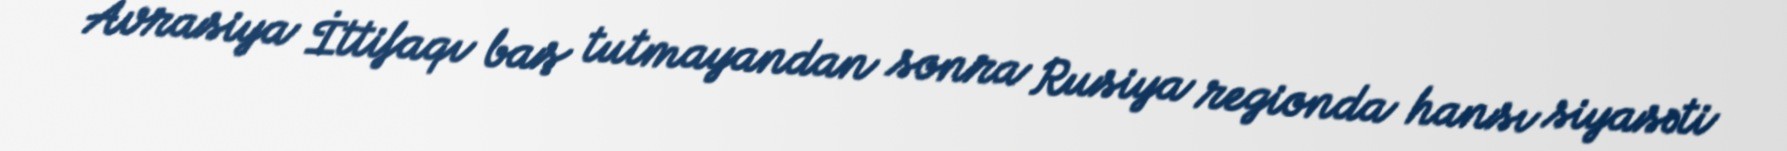
Avrasiya İttifaqı baş tutmayandan sonra Rusiya regionda hansı siyasəti